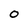
Character: O